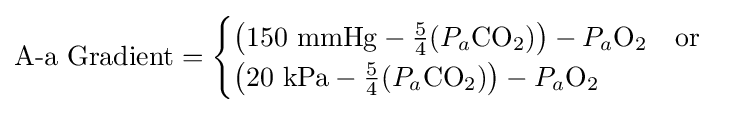
{\text{A-a Gradient}}={\begin{cases}\left(150{\text{ mm}}{\mathrm {Hg} }-{\frac {5}{4}}(P_{a}{\mathrm {CO} {\vphantom {A}}_{\smash[{t}]{2}}})\right)-P_{a}{\mathrm {O} {\vphantom {A}}_{\smash[{t}]{2}}}\quad {\text{or}}\\\left(20{\text{ kPa}}-{\frac {5}{4}}(P_{a}{\mathrm {CO} {\vphantom {A}}_{\smash[{t}]{2}}})\right)-P_{a}{\mathrm {O} {\vphantom {A}}_{\smash[{t}]{2}}}\end{cases}}